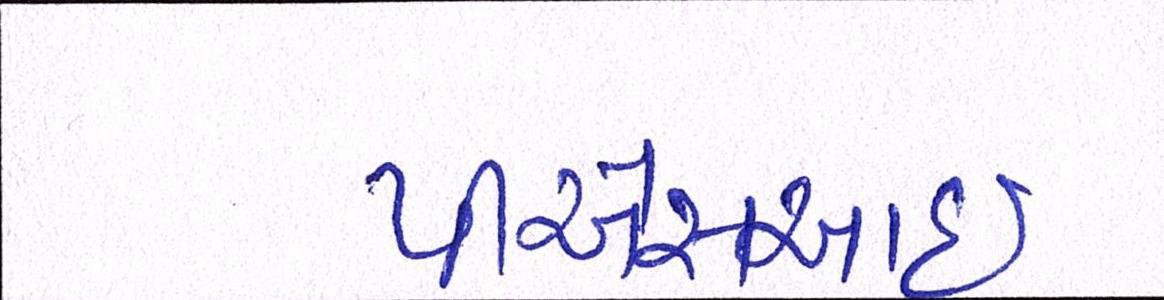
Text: પીએસઆઈ